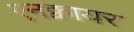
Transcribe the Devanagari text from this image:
एनक्वायर